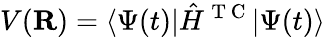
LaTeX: V({\mathbf{R}})=\langle\Psi(t)|\hat{H}^{\mathrm{~T~C~}}|\Psi(t)\rangle